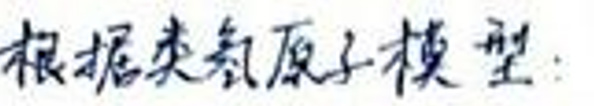
根据类氢原子模型：